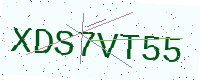
Text: XDS7VT55